Senior Leaving Certificate Examination (including Day School Certificate (Higher) General paper), 1948
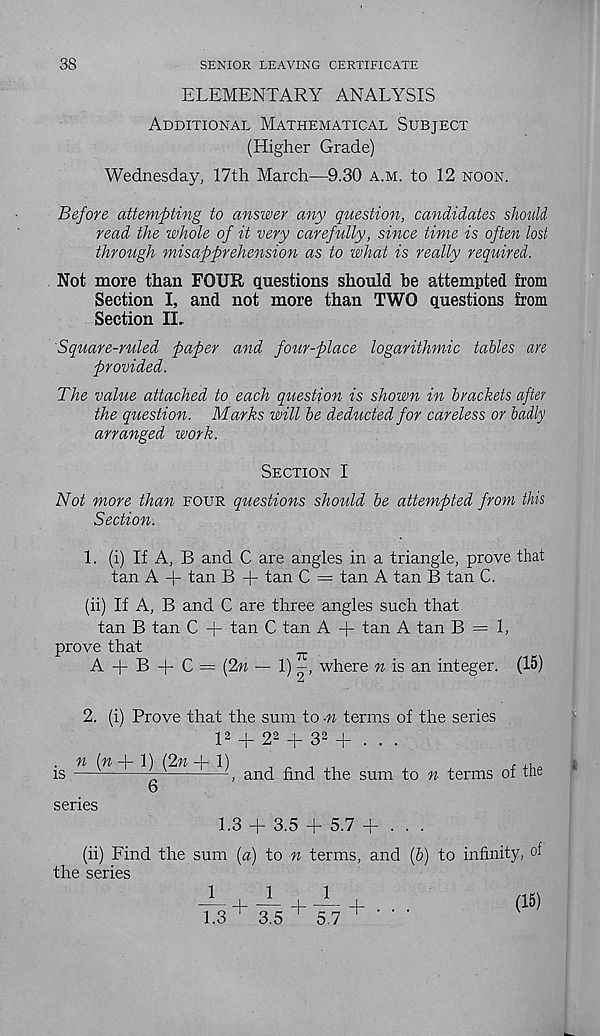
38
SENIOR LEAVING CERTIFICATE
ELEMENTARY ANALYSIS
Additional Mathematical Subject
(Higher Grade)
Wednesday, 17th March—9.30 a.m. to 12 noon.
Before attempting to answer any question, candidates should
read the whole of it very carefully, since time is often lost
through misapprehension as to what is really required.
Not more than FOUR questions should he attempted from
Section I, and not more than TWO questions from
Section II.
Square-ruled paper and four-place logarithmic tables are
provided.
The value attached to each question is shown in brackets after
the question. Marks will be deducted for careless or badly
arranged work.
Section I
Not more than four questions should be attempted from this
Section.
1. (i) If A, B and C are angles in a triangle, prove that
tan A + tan B + tan C = tan A tan B tan C.
(ii) If A, B and C are three angles such that
tan B tan C + tan C tan A + tan A tan B = 1,
prove that
A + B + C = {2n — 1) -, where n is an integer. (15)
is
-, and find the sum to n terms of the
2. (i) Prove that the sum to -n terms of the series
l 2 + 2 2 + 3 2 + . . .
n (« + 1) (2n + 1)
6
series
1.3 + 3.5 + 5.7 + . . .
(ii) Find the sum [a) to n terms, and (&) to infinity, of
the series
1
1
1